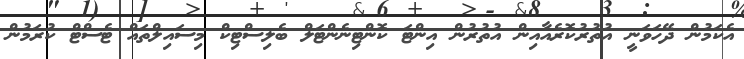
އެކަމުން ދޭހަވަނީ އުތުރުކޮރެއާއިން އުތުރުން އިންޓަ ކޮންޓިނެންޓަލް ބެލިސްޓިކް މިސައިލްތައް ޓެސްޓް ކުރަމުން